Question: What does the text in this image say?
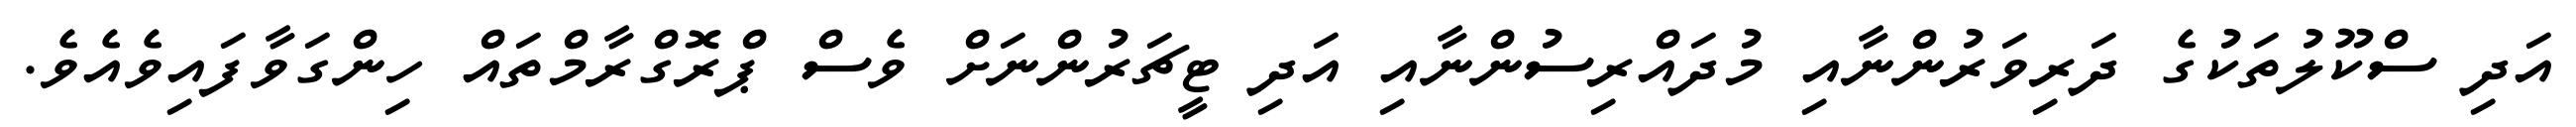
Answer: އަދި ސްކޫލުތަކުގެ ދަރިވަރުންނާއި މުދައްރިސުންނާއި އަދި ޓީޗަރުންނަށް ވެސް ޕްރޮގްރާމްތައް ހިންގަވާފައިވެއެވެ.